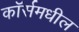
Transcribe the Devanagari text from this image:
कॉर्समधील